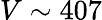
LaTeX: V\sim 407